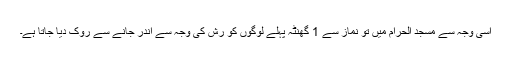
اسی وجہ سے مسجد الحرام میں تو نماز سے 1 گھنٹہ پہلے لوگوں کو رش کی وجہ سے اندر جانے سے روک دیا جاتا ہے۔